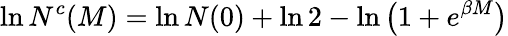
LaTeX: \ln N^{c}(M)=\ln N(0)+\ln 2-\ln\left(1+e^{\beta M}\right)